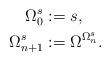
LaTeX: \begin{align*} \Omega_0^s&:=s,\\ \Omega_{n+1}^s&:=\Omega^{\Omega_n^s}.\end{align*}